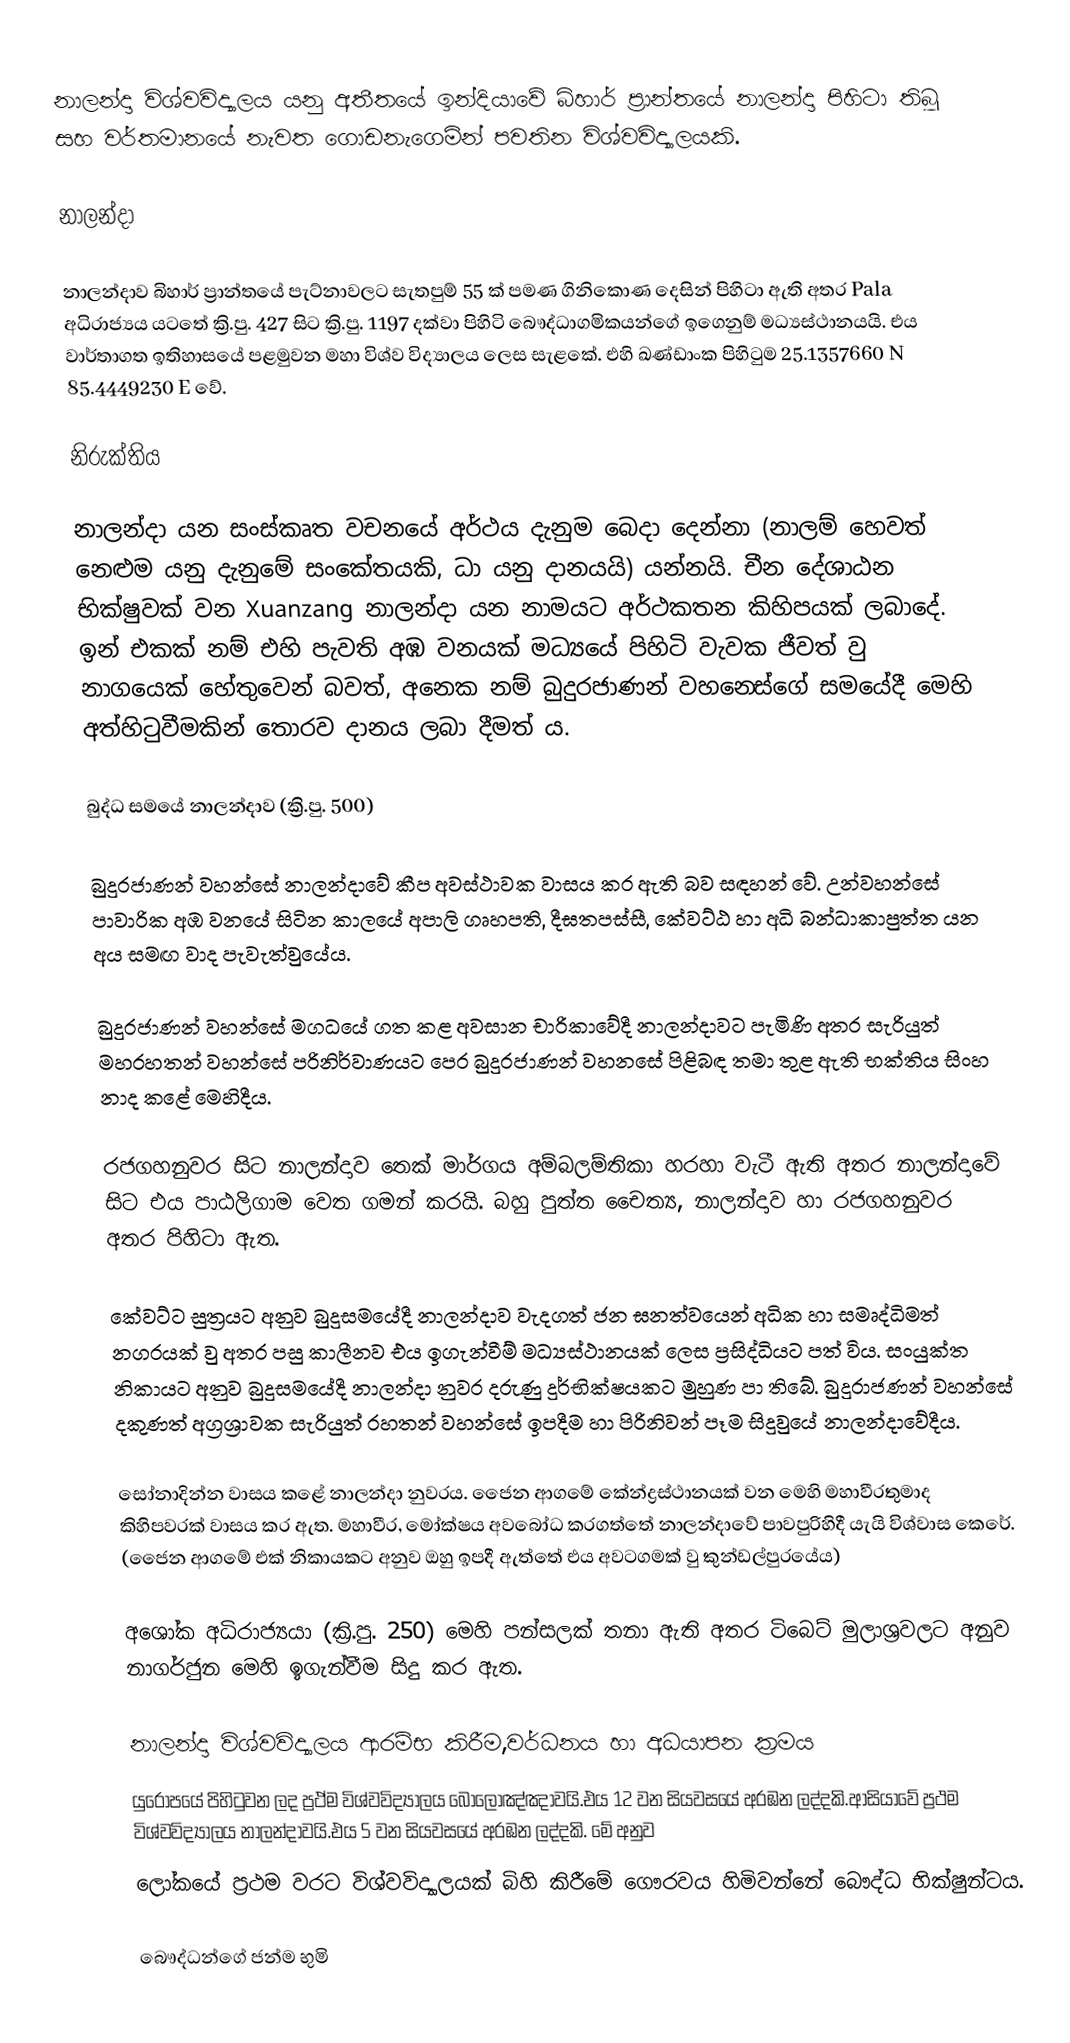
නාලන්දා විශ්වවිද්‍යාලය යනු අතීතයේ ඉන්දියාවේ බිහාර් ප්‍රාන්තයේ නාලන්දා පිහිටා තිබූ සහ වර්තමානයේ නැවත ගොඩනැගෙමින් පවතින  විශ්වවිද්‍යාලයකි.

නාලන්දා

නාලන්දාව බිහාර් ප්‍රාන්තයේ පැට්නාවලට සැතපුම් 55 ක් පමණ ගිනිකොණ දෙසින් පිහිටා ඇති අතර Pala අධිරාජ්‍යය යටතේ ක්‍රි.පු. 427 සිට ක්‍රි.පු. 1197 දක්වා පිහිටි බෞද්ධාගමිකයන්ගේ ඉගෙනුම් මධ්‍යස්ථානයයි. එය වාර්තාගත ඉතිහාසයේ පළමුවන මහා විශ්ව විද්‍යාලය ලෙස සැළකේ. එහි ඛණ්ඩාංක පිහිටුම 25.1357660 N 85.4449230 E වේ.

නිරුක්තිය

නාලන්දා යන සංස්කෘත වචනයේ අර්ථය දැනුම බෙදා දෙන්නා (නාලම් හෙවත් නෙළුම යනු දැනුමේ සංකේතයකි, ධා යනු දානයයි) යන්නයි. චීන දේශාඨන භික්ෂුවක් වන Xuanzang නාලන්දා යන නාමයට අර්ථකතන කිහිපයක් ලබාදේ. ඉන් එකක් නම් එහි පැවති අඹ වනයක් මධ්‍යයේ පිහිටි වැවක ජීවත් වු නාගයෙක් හේතුවෙන් බවත්, අනෙක නම් බුදුරජාණන් වහන‍්සේගේ සමයේදී මෙහි අත්හිටුවීමකින් තොරව දානය ලබා දීමත් ය.

බුද්ධ සමයේ නාලන්දාව (ක්‍රි.පු. 500)

බුදුරජාණන් වහන්සේ නාලන්දාවේ කීප අවස්ථාවක වාසය කර ඇති බව සඳහන් වේ. උන්වහන්සේ පාවාරික අඹ වනයේ සිටින කාලයේ අපාලි ගෘහපති, දීඝතපස්සී, කේවට්ඨ හා අධි බන්ධාකාපුත්ත යන අය සමඟ වාද පැවැත්වුයේය.

බුදුරජාණන් වහන්සේ මගධයේ ගත කළ අවසාන චාරිකාවේදී නාලන්දාවට පැමිණි අතර සැරියුත් මහරහතන් වහන්සේ පරිනිර්වාණයට පෙර බුදුරජාණන් වහනසේ පිළිබඳ තමා තුළ ඇති භක්තිය සිංහ නාද කළේ මෙහිදීය.

රජගහනුවර සිට නාලන්දාව තෙක් මාර්ගය අම්බලම්තිකා හරහා වැටී ඇති අතර නාලන්දාවේ සිට එය පාඨලිගාම වෙත ගමන් කරයි. බහු පුත්ත චෛත්‍ය, නාලන්දාව හා රජගහනුවර අතර පිහිටා ඇත.

කේවට්ට සුත්‍රයට අනුව බුදුසමයේදී නාලන්දාව වැදගත් ජන ඝනත්වයෙන් අධික හා සමෘද්ධිමත් නගරයක් වු අතර පසු කාලීනව එය ඉගැන්වීම් මධ්‍යස්ථානයක් ලෙස ප්‍රසිද්ධියට පත් විය. සංයුක්ත නිකායට අනුව බුදුසමයේදී නාලන්දා නුවර දරුණු දුර්භික්ෂයකට මුහුණ පා තිබේ. බුදුරාජණන් වහන්සේ දකුණත් අග්‍රශ්‍රාවක සැරියුත් රහතන් වහන්සේ ඉපදීම හා පිරිනිවන් පෑම සිදුවුයේ නාලන්දාවේදීය.

සෝනාදින්න වාසය කළේ නාලන්දා නුවරය. ජෛන ආගමේ කේන්ද්‍රස්ථානයක් වන මෙහි මහාවීරතුමාද කිහිපවරක් වාසය කර ඇත. මහාවීර, මෝක්ෂය අවබෝධ කරගත්තේ නාලන්දාවේ පාවපුරිහිදී යැයි විශ්වාස කෙරේ. (ජෛන ආග‍මේ එක් නිකායකට අනුව ඔහු ඉපදී ඇත්තේ එය අවට‍ගමක් වු කුන්ඩල්පුරයේය)

අශෝක අධිරාජ්‍යයා (ක්‍රි.පු. 250) මෙහි පන්සලක් තනා ඇති අතර ටිබෙට් මුලාශ්‍රවලට අනුව නාගර්ජුන මෙහි ඉගැන්වීම සිදු කර ඇත.

නාලන්දා විශ්වවිද්‍යාලය ආරම්භ කිරීම,වර්ධනය හා අධයාපන ක්‍රමය
යුරෝපයේ පිහිටුවන ලද ප්‍රථ්ම විශ්වවිද්‍යාලය බෝලෝඤ්ඤාවයි.එය 12 වන සියවසයේ අරඹන ලද්දකි.ආසියාවේ  ප්‍රථම විශ්වවිද්‍යාලය නාලන්දාවයි.එය 5 වන සියවසයේ අරඹන ලද්දකි. මේ අනුව
ලෝකයේ ප්‍රථම වරට විශ්වවිද්‍යාලයක් බිහි කිරීමේ ගෞරවය හිමිවන්නේ බෞද්ධ භික්ෂුන්ටය.

බෞද්ධන්ගේ ජන්ම භුමි